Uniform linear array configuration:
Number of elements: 24
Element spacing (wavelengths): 1
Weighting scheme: hamming
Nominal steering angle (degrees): -15
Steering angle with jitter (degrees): -13.095
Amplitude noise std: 0.05
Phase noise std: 0.05

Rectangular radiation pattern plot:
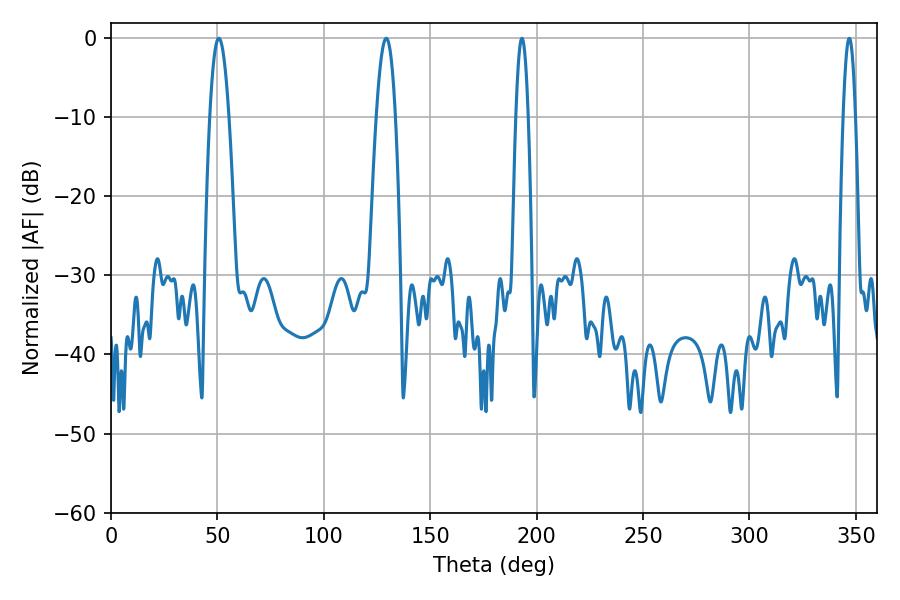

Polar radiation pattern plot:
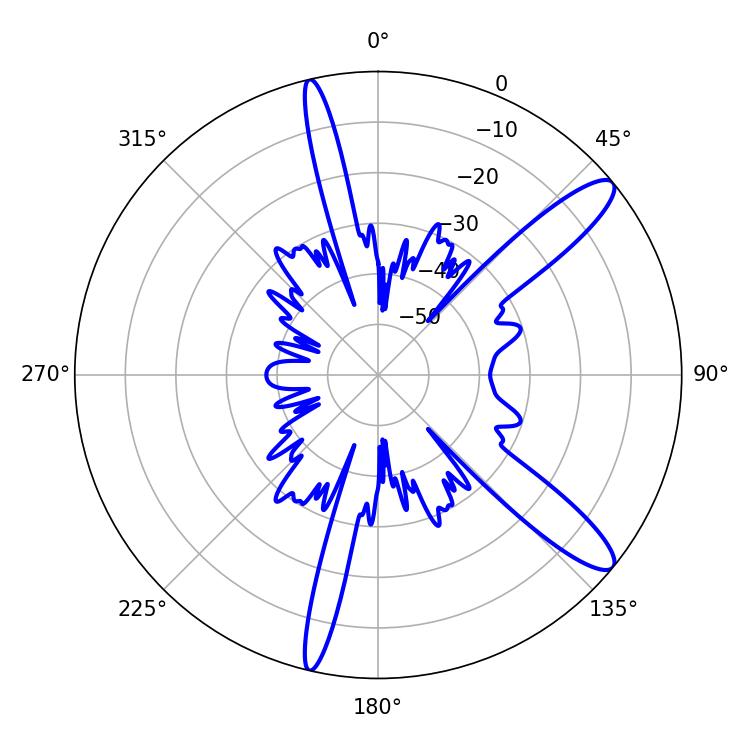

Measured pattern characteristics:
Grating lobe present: TRUE
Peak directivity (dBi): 12.304
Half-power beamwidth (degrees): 3.06
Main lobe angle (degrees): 193.14